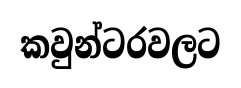
කවුන්ටරවලට